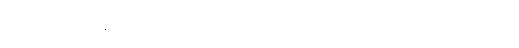
သော၊ ထိုမာဂဏ္ဍီပုဏ္ဏားသည်။ ဒသဗလံ၊ မြတ်စွာဘုရားကို။ ဒိသွာ၊ မြင်၍။ “အဟံ၊